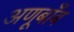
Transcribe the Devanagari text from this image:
अणूबाँब